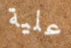
علية